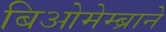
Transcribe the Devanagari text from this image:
बिओमेम्ब्राने